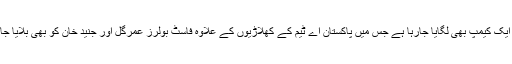
چیف سلیکٹر انضمام الحق کی تجویز پر یکم اگست سے نیشنل کرکٹ اکیڈمی لاہور میں ایک کیمپ بھی لگایا جارہا ہے جس میں پاکستان اے ٹیم کے کھلاڑیوں کے علاوہ فاسٹ بولرز عمرگل اور جنید خان کو بھی بلایا جائے گا تاکہ اکیڈمی کے کوچز ان دونوں بولرز کی فٹنس اور کارکردگی کو دیکھ سکیں۔